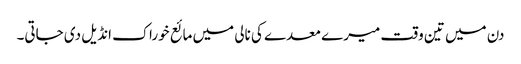
دن میں تین وقت میرے معدے کی نالی میں مائع خوراک انڈیل دی جاتی۔